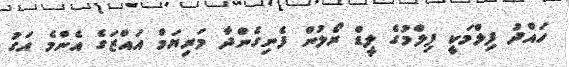
ހައްދު ފިލްމަކީ ފިލްމުގެ ލީޑް ރޯލުން ފެނިގެންދާ މަރިޔަމް އައްޒަގެ އެންމެ އަގު